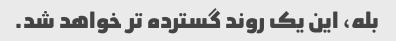
بله، این یک روند گسترده تر خواهد شد.